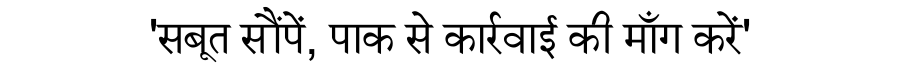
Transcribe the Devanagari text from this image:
'सबूत सौंपें, पाक से कार्रवाई की माँग करें'